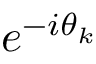
e ^ { - i \theta _ { k } }